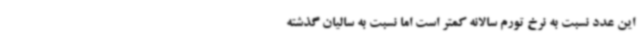
این عدد نسبت به نرخ تورم سالانه کمتر است اما نسبت به سالیان گذشته